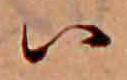
ハ